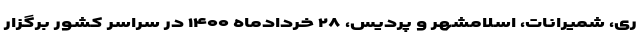
ری، شمیرانات، اسلامشهر و پردیس، ۲۸ خردادماه ۱۴۰۰ در سراسر کشور برگزار